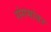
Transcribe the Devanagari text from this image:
संगमांतर